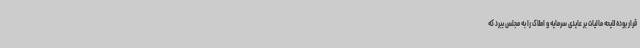
قرار بوده لایحه مالیات بر عایدی سرمایه و املاک را به مجلس ببرد که